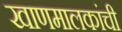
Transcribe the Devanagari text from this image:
खाणमालकांची